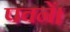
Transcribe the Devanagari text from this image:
पवनें।